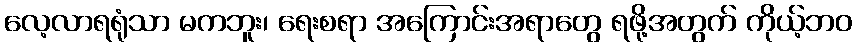
လေ့လာရရုံသာ မကဘူး၊ ရေးစရာ အကြောင်းအရာတွေ ရဖို့အတွက် ကိုယ့်ဘဝ